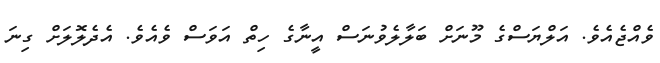
ވެއްޖެއެވެ. އަލްޔަސްގެ މޫނަށް ބަލާލެވުނަސް އީނާގެ ހިތް އަވަސް ވެއެވެ. އެދެލޮލަށް ގިނަ